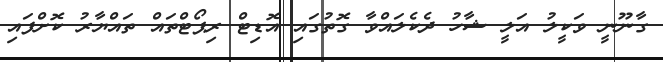
ގާނޫނީ ވަކީލު އަލީ ޝާހު ދެކެލައްވާ ގޮތުގައި އޮޑިޓް ރިޕޯޓްތައް ތައްޔާރު ކޮށްފައި